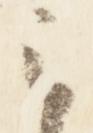
云